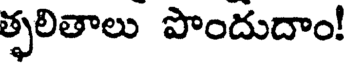
త్ఫలితాలు పొందుదాం!